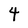
Character: 4